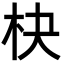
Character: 㭈